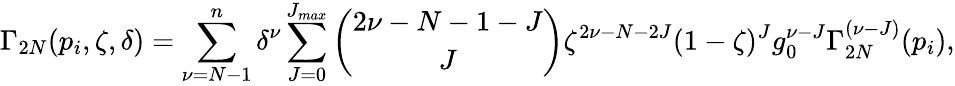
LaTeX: \Gamma_{2N}(p_{i},\zeta,\delta)=\sum_{\nu=N-1}^{n}\delta^{\nu}\sum_{J=0}^{J_{max}}{\binom{2\nu-N-1-J}{J}}\zeta^{2\nu-N-2J}(1-\zeta)^{J}g_{0}^{\nu-J}\Gamma_{2N}^{(\nu-J)}(p_{i}),